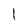
Character: l